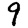
Digit: 9